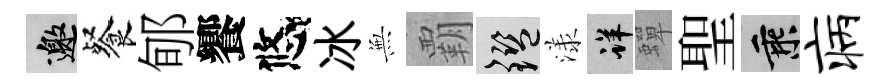
邀餐郇饗悠冰𭴾覇鑒漾详蟬聖乘病